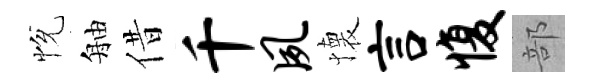
恱舳借千夙懐言愎部